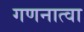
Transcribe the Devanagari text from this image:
गणनात्वा